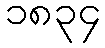
၁၈၃၄